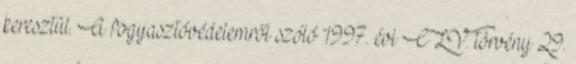
keresztül. A fogyasztóvédelemről szóló 1997. évi CLV. törvény 29.